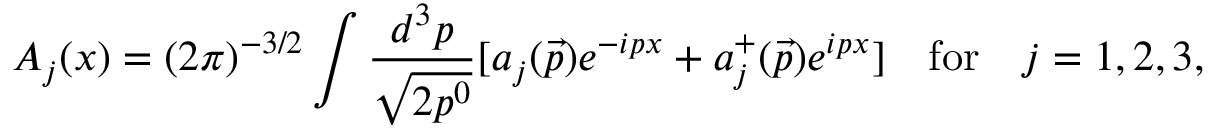
A _ { j } ( x ) = ( 2 \pi ) ^ { - 3 / 2 } \int \frac { d ^ { 3 } p } { \sqrt { 2 p ^ { 0 } } } [ a _ { j } ( \vec { p } ) e ^ { - i p x } + a _ { j } ^ { + } ( \vec { p } ) e ^ { i p x } ] \quad \mathrm { f o r } \quad j = 1 , 2 , 3 ,